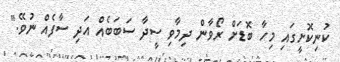
ކުނިކޮށީގައި މިހާ ބޮޑަށް ރޯވާން ދިމާވި ސީދާ ސަބަބެއް އަދި ސާފެއް ނުވޭ."